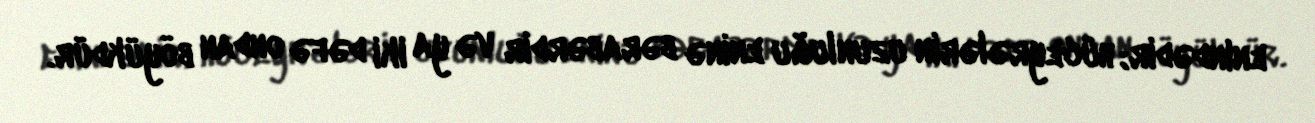
enindədir; hüceyrələrin uzunluğu eninə bərabərdir və ya iki dəfə ondan böyükdür.